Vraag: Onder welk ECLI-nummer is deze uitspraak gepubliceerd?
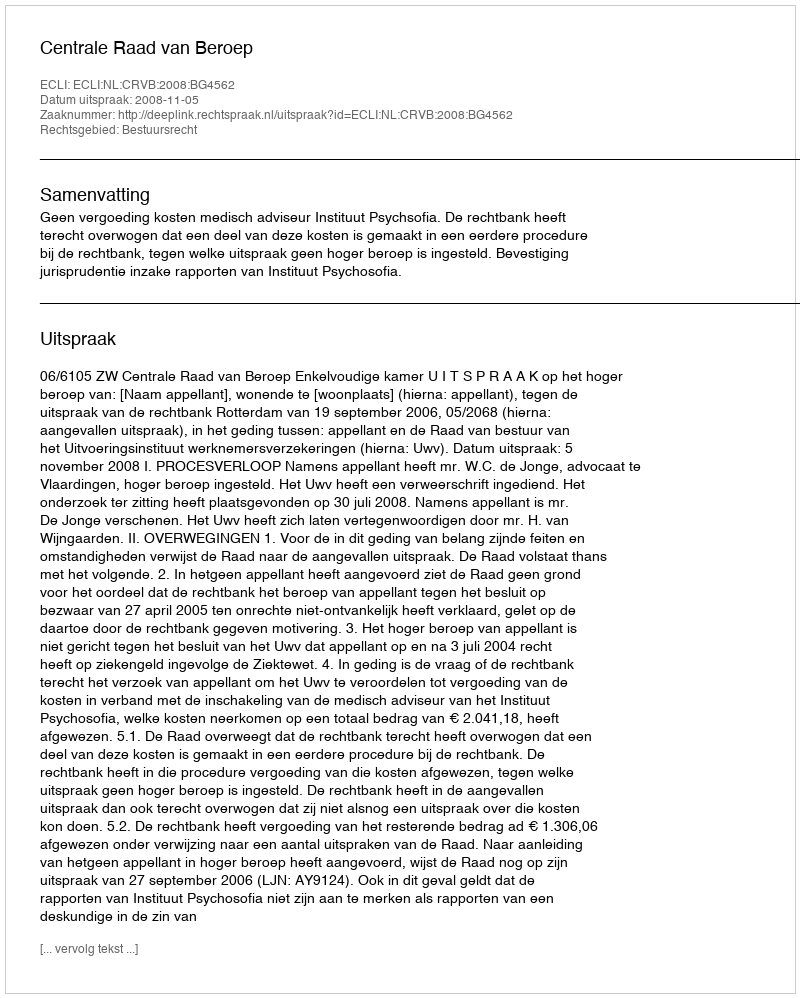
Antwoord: ECLI:NL:CRVB:2008:BG4562